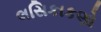
લસિકાકણો